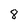
Character: 8